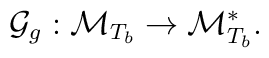
\mathcal{G}_{g}:\mathcal{M}_{T_{b}}\rightarrow \mathcal{M}_{T_{b}}^{\ast }.